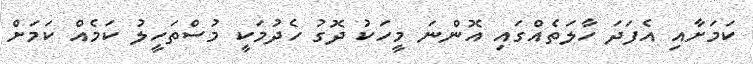
ކަމަށާއި އެފަދަ ހާލަތެއްގައި އޮންނަ މީހަކު ދޮގު ހެދުމަކީ މުސްތަހީލު ކަމެއް ކަމަށް